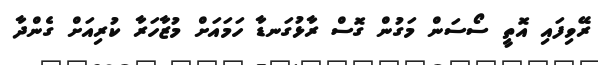
ރޭވިފައި އޮތީ ސޯސަން މަގުން ގޮސް ރާޅުގަނޑާ ހަމައަށް މުޒާހަރާ ކުރިއަށް ގެންދާ